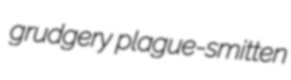
grudgery plague-smitten